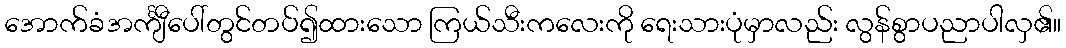
အောက်ခံအင်္ကျီပေါ်တွင်တပ်၍ထားသော ကြယ်သီးကလေးကို ရေးသားပုံမှာလည်း လွန်စွာပညာပါလှ၏။